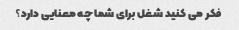
فکر می کنید شغل برای شما چه معنایی دارد؟